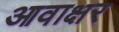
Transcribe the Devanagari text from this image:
आवाक्षर